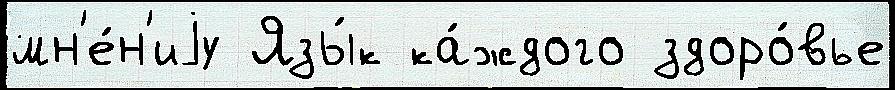
мн'е́н'иjу Язы́к ка́ждого здоро́вье